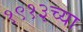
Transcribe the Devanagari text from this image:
१९१३च्या